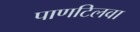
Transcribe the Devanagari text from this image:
पाणटिलवा